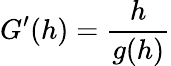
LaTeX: G^{\prime}(h)=\frac{h}{g(h)}